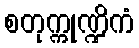
စတုက္ကုဏ္ဍိကံ